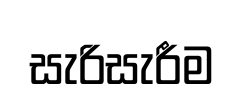
සැරිසැරීම